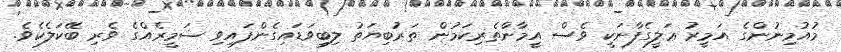
މުއުމިނުންގެ އަމީރު ޢަލީގެފާނަކީ ވެސް އީމާންތެރިކަމުން ތަރުބިޔަތު ލިބިވަޑައިގެންފައިވި ޟަމީރެއްގެ ވެރި ބޭކަލެކެވެ.